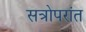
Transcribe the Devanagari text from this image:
सत्रोपरांत